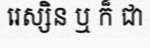
រេស្សិន ឬ ក៏ ជា